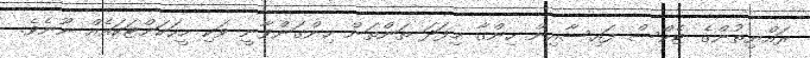
ރައްޔިތުންގެ ޓެކްސް ފައިސާއިން ހިންގާ މިފަދަ ތަންތަން ހިންގަންވާނީ ވަކި މީހަކަށްޓަކައެއް ނޫނެވެ.